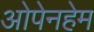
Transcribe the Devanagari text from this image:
ओपेनहेम